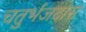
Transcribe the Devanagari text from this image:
चतुर्भजदास